Vital statistics of India. Vol. V, Reports of 1876 on armies & jails and on epidemic cholera
Year: 1876
Disease focus: Cholera
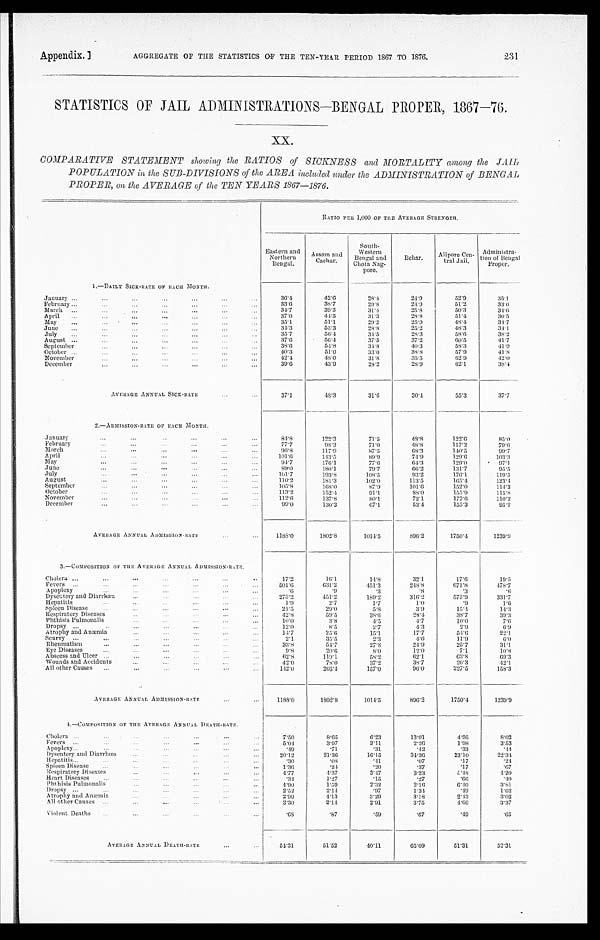
Appendix.]
AGGREGATE OF THE STATISTICS OF THE TEN-YEAR PERIOD 1867 TO 1876.
231
STATISTICS OF JAIL ADMINISTRATIONS—BENGAL PROPER, 1867—76.
xx.
COMPARATIVE STATEMENT showing the RATIOS of SICKNESS and MORTALITY among the JAIL
POPULATION in the SUB-DIVISIONS of the AREA i ncluded under the ADMINISTRATION of BENGAL
PROPER, on the AVERAGE of the TEN YEARS 1867—1876.
RATIO PER 1,000 OF THE AVERAGE STRENGTH.
Eastern and
Northern
Bengal.
Assam and
Cachar.
South-
Western
Bengal and
Chota Nag-
pore.
Behar.
Alipore C
en-tral Jail.
Administra- t i on of Bengal Pr oper .
1.—DAILY SICK-RATE OF EACH MONTH.
January
36.4
42.6
2 8 . 4
2 4 . 9
52.9
3 5 . 1
February
33.6
38.7
2 9 . 8
2 4 . 9
51.2
3 3 . 6
March
3 4 . 7
39.3
31.4
2 5 . 8
50.3
3 4 . 6
April
37.0
44.5
31.3
28.8
51.4
3 6 . 5
May
3 5 . 1
5 1 . 1
2 9 . 2
2 5 . 9
4 8 . 4
3 4 . 7
June
34.3
53.3
28.8
25.2
48.3
3 4 . 1
July
35.7
56.4
3 4 . 5
28.3
58.6
38.2
August
3 7 . 6
56.4
37.5
37.2
60.5
41.7
September
38. 6
54.8
34.8
40.3
58.3
4 1 . 9
October
40.3
51.0
33.0
38.8
57.9
41.8
November
42.4
48.0
3 1 . 8
3 5 . 5
62.9
42.0
December
39.6
43.9
28.2
28.9
6 2 . 1
38.4
AVERAGE ANNUAL SI CK- RATE
37.1
48.3
31.6
30.4
55.3
37.7
2.—ADMISSION-RATE OF EACH MONTH.
January
84.8
122.3
71.5
48. 8
122.6
85.0
Febr uar y
7 7 . 7
9 8 . 3
71.0
48.8
117.2
7 9 . 6
March
9 6 . 8
117.9
87.5
68.3
140.5
99.7
April
1 0 1 . 6
1 4 3 . 5
89.9
74. 9
129.0
103.3
May
94.7
176.1
77.6
64.3
129.0
97.1
June
89. 0
180.1
79.7
6 6 . 2
131.7
95.5
July
101. 7
193.8
108.5
9 3 . 2
176.1
1 1 9 . 5
August
1 1 0 . 2
181.3
102. 0
113.5
165.4
1 2 3 . 4
September
1 0 5 . 8
168.0
87.9
101.6
152.0
1 1 4 . 2
October
1 1 3 . 2
152.4
91.1
88.0
155.9
1 1 5 . 8
Nove mbe r
112. 6
137.8
80.1
72.1
173.6
1 1 0 . 2
December
9 9 . 0
130.3
67.1
53.4
155.3
95.2
AVERAGE ANNUAL ADMISSION-RATE.
1188.0
1802.8
1014.5
8 9 6 . 2
1750.4
1 2 3 9 . 9
3.—COMPOSITION OF THE AVERAGE ANNUAL ADMISSION-RATE.
Cholera
17.2
16.1
14.8
32.1
17.6
19.5
Fevers
501. 6
631.2
451.3
248.8
671.8
4 7 8 . 7
Apoplexy
. 6
.9
.3
.8
.3
. 6
Dysentery and Diarrhæa
273.2
451.2
189.2
316.2
575.9
3 3 1 . 7
Hepatitis
1 . 9
2 . 7
1 . 7
1 . 0
. 9
1 . 6
Spleen Disease
21. 5
29.0
5. 8
3. 9
15. 4
1 4 . 3
Respiratory Diseases
42.8
59.5
38. 6
28.4
38.7
39.3
Phthisis Pulmonalis
10. 0
3. 8
4. 5
4. 7
10. 0
7 . 6
Dropsy
12.0
8.5
2.7
4.3
2.9
6.9
Atrophy and Anæmia
14.7
25.6
15.1
17.7
54. 6
2 2 . 1
Scurvy
2.1
35.5
2.3
4.6
11.9
6.0
Rheumatism
33.8
54.7
27.8
24.9
25.7
31.1
Eye Diseases
9 . 8
2 0 . 6
8 . 0
12.0
7.1
10.8
Abscess and Ulcer
62.8
119.1
58.2
6 2 . 1
63.8
6 9 . 3
Wounds and Accidents
4 2 . 0
78.0
37. 2
38. 7
26.3
42.1
All other Causes
142.0
266.4
157.0
9 6 . 0
227.5
158.3
AVERAGE ANNUAL ADMISSION-RATE
1188.0
1802.8
1014.5
896.2
1750.4
1 2 3 9 . 9
4.—COMPOSITION OF THE AVERAGE ANNUAL DEATH-RATE.
Cholera
7 . 5 0
8.65
6.23
13.01
4.95
8.02
...
...
Fevers
5.04
3.97
3.11
2.26
1.98
3.53
Apoplexy
.49
.71
.31
.42
.33
. 4 4
Dysentery and Diarrhœa
20.12
21.36
16.15
34.36
23.10
2 2 . 3 4
H epatitis
.30
.08
.41
.07
.17
. 2 4
Spleen Disease
1. 36
.24
.20
.37
.17
.67
Respiratory Diseases
4.77
4.37
3.47
3.23
5.48
4.20
Heart Diseases
. 3 4
1.27
.15
.27
.66
. 4 0
Phthisis Pulmonalis
4.90
1. 59
2.32
2. 16
6 . 4 0
3.81
D ropsy
2.52
2.14
. 9 7
1. 34
.49
1.62
Atrophy and Anæmia
2.99
4.13
3.29
3.18
2.43
3.02
All other Causes
3 . 3 0
2.14
2.91
3.75
4. 66
3.37
Violent Deaths
. 6 8
.87
.59
.67
.49
.65
AVERAGE ANNUAL DEATH-RATE
54.31
51.52
40.11
65.09
51.31
52.31